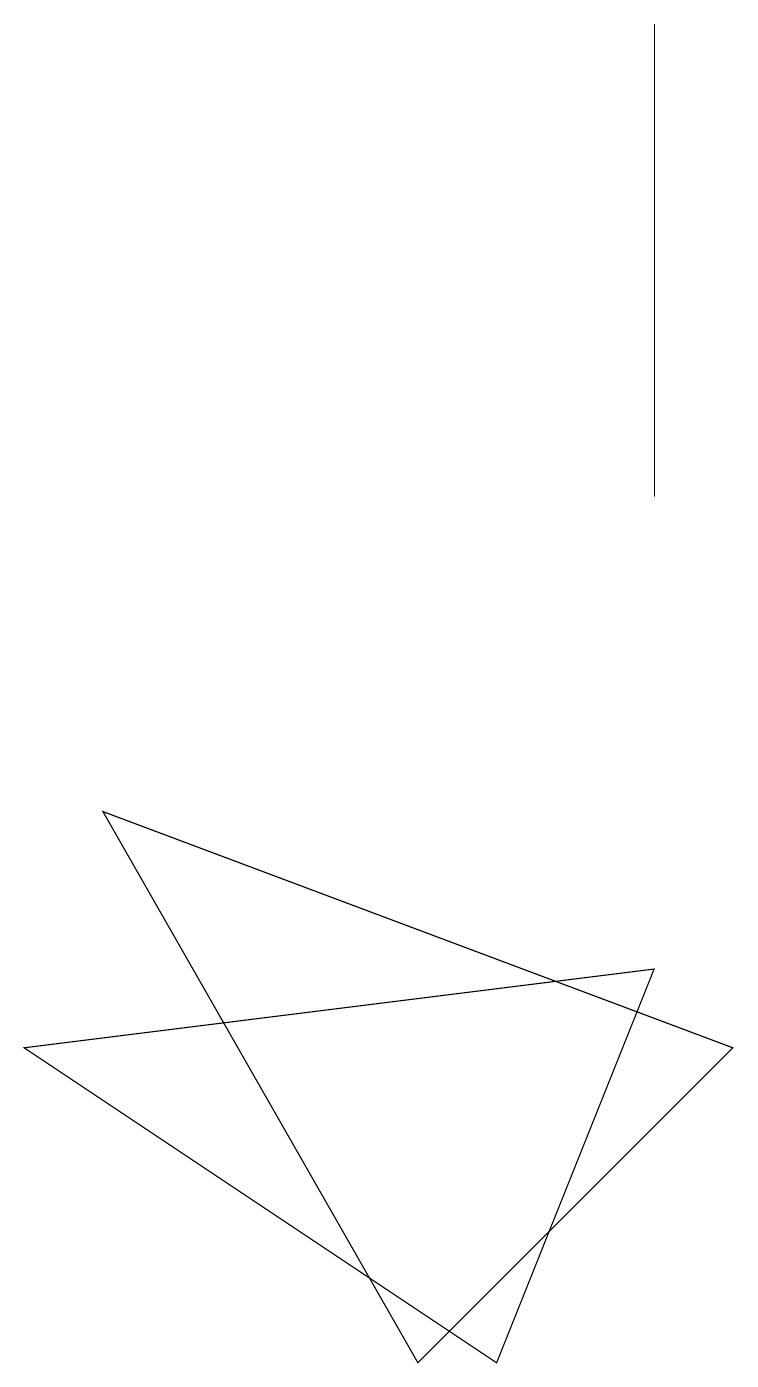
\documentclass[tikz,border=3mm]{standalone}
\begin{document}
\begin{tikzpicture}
\draw (8,7) -- (6,2) -- (0,6) -- cycle;
\draw (8,19) rectangle (8,13);
\draw (9,6) -- (5,2) -- (1,9) -- cycle;
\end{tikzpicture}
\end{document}